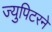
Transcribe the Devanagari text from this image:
ज्युपिटरने